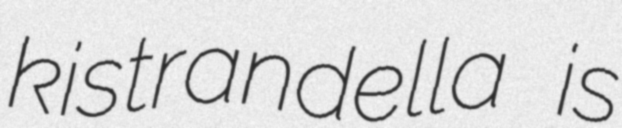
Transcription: kistrandella is